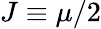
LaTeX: J\equiv\mu/2